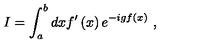
I = \int _ { a } ^ { b } d x f ^ { \prime } \left( x \right) e ^ { - i g f \left( x \right) } \ ,